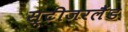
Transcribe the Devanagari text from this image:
स्टीजरलैंड